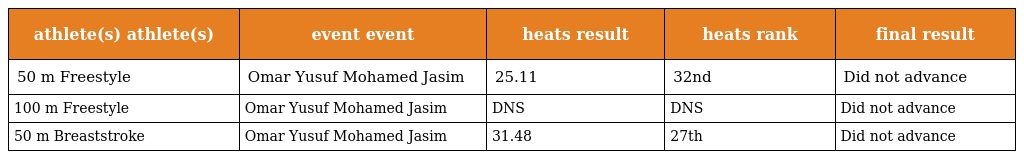
| athlete(s) athlete(s) | event event | heats result | heats rank | final result |
 | --- | --- | --- | --- | --- |
 | 50 m Freestyle | Omar Yusuf Mohamed Jasim | 25.11 | 32nd | Did not advance |
 | 100 m Freestyle | Omar Yusuf Mohamed Jasim | DNS | DNS | Did not advance |
 | 50 m Breaststroke | Omar Yusuf Mohamed Jasim | 31.48 | 27th | Did not advance |